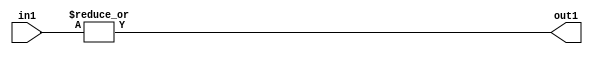
`timescale 1ps / 1ps
/*****************************************************************************
    Verilog RTL Description
    
    
    Created by: Stratus DpOpt 21.05.01 
*******************************************************************************/

module dut_OrReduction_14U_1U_4 (
	in1,
	out1
	); /* architecture "behavioural" */ 
input [13:0] in1;
output  out1;
wire  asc001;

assign asc001 = 
	(|in1);

assign out1 = asc001;
endmodule

/* CADENCE  urX0Sgo= : u9/ySxbfrwZIxEzHVQQV8Q== ** DO NOT EDIT THIS LINE ******/